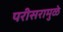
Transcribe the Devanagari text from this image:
परीसरामुळे